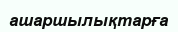
ашаршылықтарға